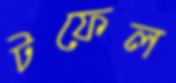
টফেল